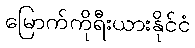
မြောက်ကိုရီးယားနိုင်ငံ